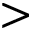
>